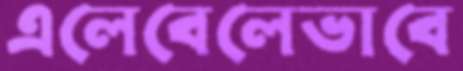
এলেবেলেভাবে